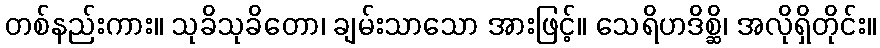
တစ်နည်းကား။ သုခိသုခိတော၊ ချမ်းသာသော အားဖြင့်။ သေရိဟဒိစ္ဆိ၊ အလိုရှိတိုင်း။